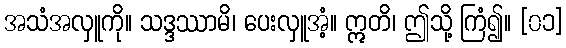
အသံအလှူကို။ သဒ္ဒဿာမိ၊ ပေးလှူအံ့။ ဣတိ၊ ဤသို့ ကြံ၍။ [၀၁]